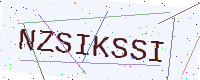
Text: NZSIKSSI